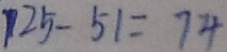
1 2 5 - 5 1 = 7 4